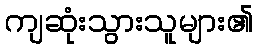
ကျဆုံးသွားသူများ၏